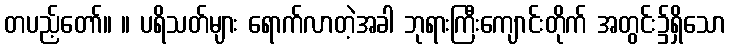
တပည့်တော်။ ။ ပရိသတ်များ ရောက်လာတဲ့အခါ ဘုရားကြီးကျောင်းတိုက် အတွင်း၌ရှိသော